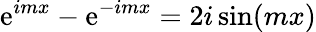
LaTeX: \mathrm{e}^{imx}-\mathrm{e}^{-imx}=2i\sin(mx)